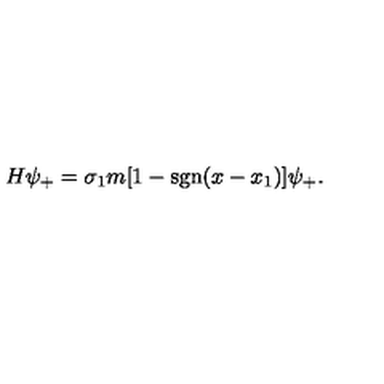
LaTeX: H \psi _ { + } = \sigma _ { 1 } m [ 1 - \mathrm { s g n } ( x - x _ { 1 } ) ] \psi _ { + } .